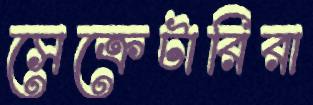
সেক্রেটারিরা